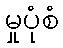
မှုပုံစံ